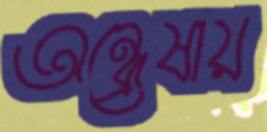
অন্বেষায়